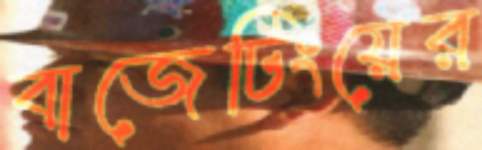
বাজেটিংয়ের